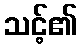
သင့်၏